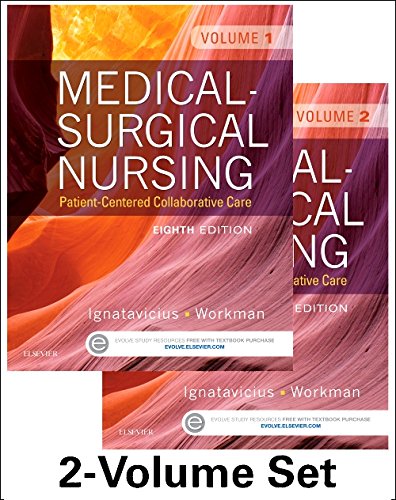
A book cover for Medical-Surgical Nursing: Patient-Centered Collaborative Care, 2-Volume Set, 8e; Donna D. Ignatavicius MS  RN  ANEF; Medical Books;